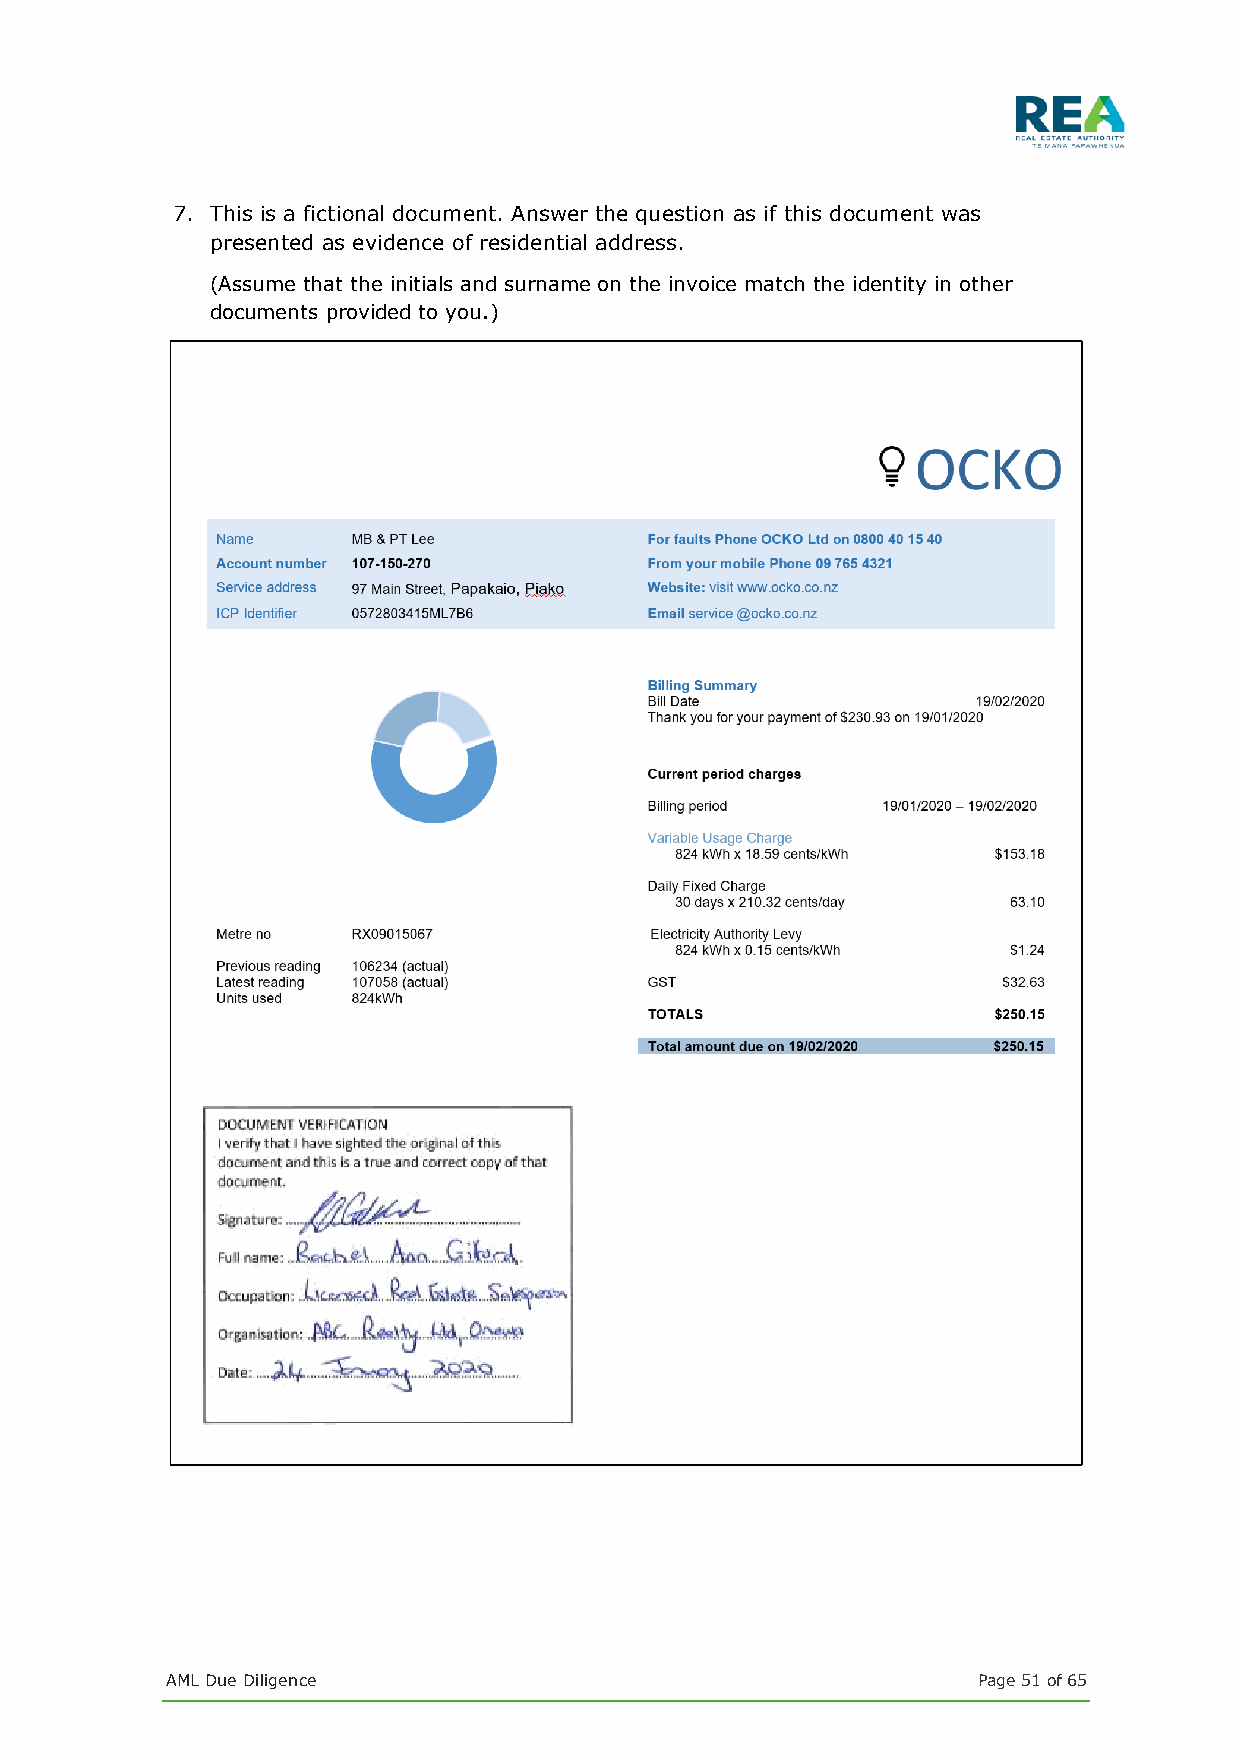
7. This is a fictional document. Answer the question as if this document was
 presented as evidence of residential address.
 (Assume that the initials and surname on the invoice match the identity in other
 documents provided to you.)
 AML Due Diligence                                     Page 51 of 65